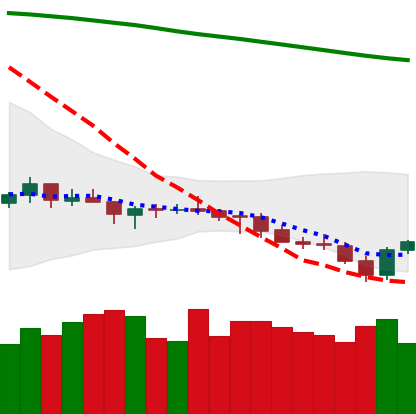
Ticker: LTC-USD
Chart end date: 2021-07-22
Forward return: 11.498%
Label: up_7plus